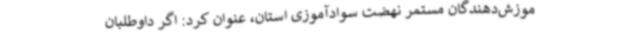
موزش‌دهندگان مستمر نهضت سوادآموزی استان، عنوان کرد: اگر داوطلبان